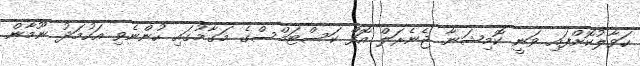
ހަވާލުކޮށްފައި ވަނީ ކޮމިޝަނާ ޖެނެރަލް އޮފް ކަސްޓަމްސްގެ މަގާމުގައި ހުންނެވި އަހުމަދު ނޫމާން